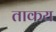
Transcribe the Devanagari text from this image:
ताकय